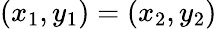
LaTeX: (x_{1},y_{1})=(x_{2},y_{2})